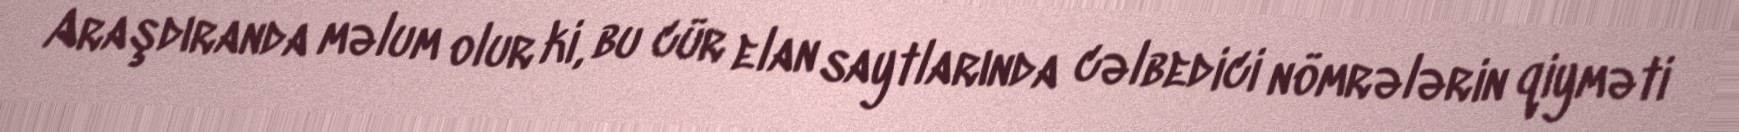
Araşdıranda məlum olur ki, bu cür elan saytlarında cəlbedici nömrələrin qiyməti